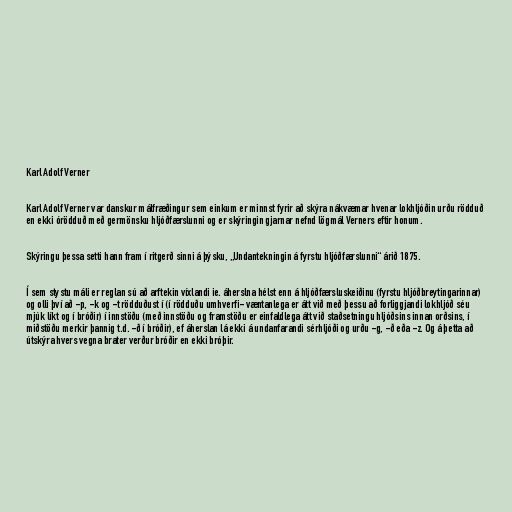
Karl Adolf Verner

Karl Adolf Verner var danskur málfræðingur sem einkum er minnst fyrir að skýra nákvæmar hvenar lokhljóðin urðu rödduð
en ekki órödduð með germönsku hljóðfærslunni og er skýringin gjarnar nefnd lögmál Verners eftir honum.

Skýringu þessa setti hann fram í ritgerð sinni á þýsku, „Undantekningin á fyrstu hljóðfærslunni“ árið 1875.

Í sem stystu máli er reglan sú að arftekin víxlandi ie. áherslna hélst enn á hljóðfærsluskeiðinu (fyrstu hljóðbreytingarinnar)
og olli því að -p, -k og -t rödduðust í (í rödduðu umhverfi- væntanlega er átt við með þessu að forliggjandi lokhljóð séu
mjúk líkt og í bróðir) í innstöðu (með innstöðu og framstöðu er einfaldlega átt við staðsetningu hljóðsins innan orðsins, í
miðstöðu merkir þannig t.d. -ð í bróðir), ef áherslan lá ekki á undanfarandi sérhljóði og urðu -g, -ð eða -z. Og á þetta að
útskýra hvers vegna brater verður bróðir en ekki bróþir.